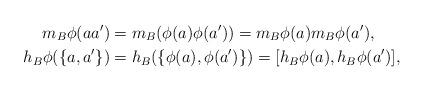
LaTeX: \begin{align*}m_B\phi(aa')&=m_B(\phi(a)\phi(a'))=m_B\phi(a)m_B\phi(a'),\\h_B\phi(\{a, a'\})&=h_B(\{\phi(a), \phi(a')\})=[h_B\phi(a),h_B\phi(a')],\end{align*}